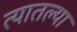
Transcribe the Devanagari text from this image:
त्‍यातल्‍या